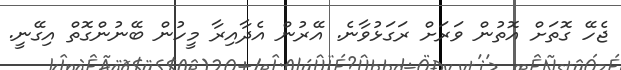
ޖެހޭ ގޮތަށް އޮތުން ވަރަށް ރަގަޅުވާނެ. އޭރުން އެދާއިރާ މީހުން ބޭނުންގޮތް އިގޭނީ.